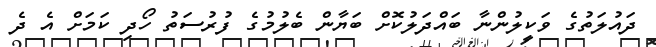
ދައުލަތުގެ ވަކީލުންނާ ބައްދަލުކޮށް ބަޔާން ބެލުމުގެ ފުރުސަތު ހޯދި ކަމަށް އެ ދެ